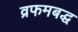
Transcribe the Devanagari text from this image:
व्रफमबद्ध